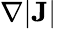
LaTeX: \nabla|\mathbf{J}|